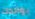
بوالدك